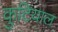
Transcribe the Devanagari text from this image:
कुटियाल